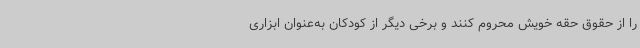
را از حقوق حقه خویش محروم کنند و برخی دیگر از کودکان به‌عنوان ابزاری